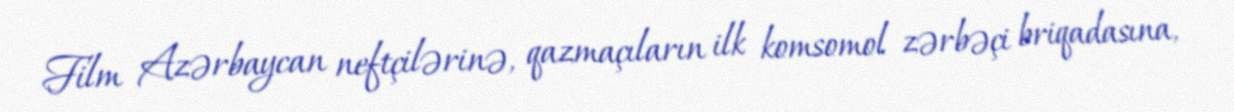
Film Azərbaycan neftçilərinə, qazmaçıların ilk komsomol zərbəçi briqadasına,